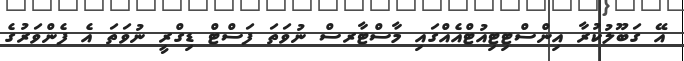
އޭ ގަބޫލުކުރާ އިންސްޓިޓިއުޓްއެއްގައި މާސްޓާރސް ނުވަތަ ފަސްޓް ޑިގްރީ ނުވަތަ އެ ފެންވަރުގެ